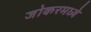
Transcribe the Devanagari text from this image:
जोकरमध्ये